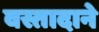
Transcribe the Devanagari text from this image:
वस्तादाने